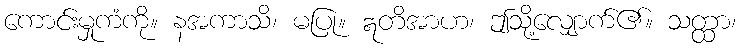
ကောင်းမှုကံကို။ နအကာသိ၊ မပြု။ ဣတိအာဟ၊ ဤသို့လျှောက်၏။ သတ္ထာ၊